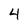
Character: 4